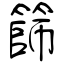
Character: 篩